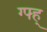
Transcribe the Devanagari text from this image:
ग्फ्ह्